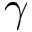
\gamma